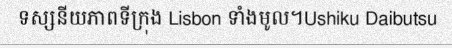
ទស្សនីយភាពទីក្រុង Lisbon ទាំងមូល។Ushiku Daibutsu